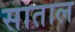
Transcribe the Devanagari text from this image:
साताल